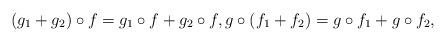
LaTeX: \begin{align*} (g_1+g_2)\circ f=g_1\circ f + g_2\circ f,g\circ(f_1+f_2)=g\circ f_1 + g\circ f_2,\end{align*}